Madras plague regulations and rules - Volume 1
Disease focus: Plague
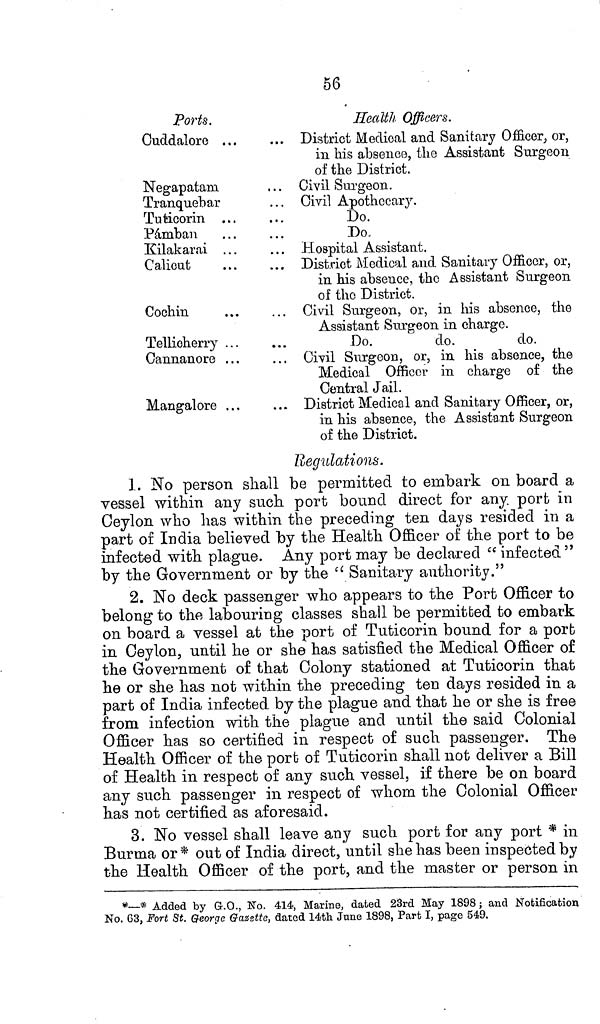
56
Ports.
Cuddalore . . .
Negapatam
Tranquebar
Tuticorin . . .
Pámban
Kilakarai . . .
Calicut
Cochin
Tellioherry ...
Cannanore . . .
Mangalore ...
Health Officers.
... District Medical and Sanitary Officer, or,
in his absence, the Assistant Surgeon
of the District.
Civil Surgeon.
... Civil Apothecary.
Do.
Do,
Hospital Assistant.
. . . District Medical and Sanitary Officer, or,
in his absence, the Assistant Surgeon
of the District.
... Civil Surgeon, or, in his absence, the
Assistant Surgeon in charge.
Do.
do.
do.
Civil Surgeon, or, in his absence, the
Medical Officer in charge of the
Central Jail.
... District Medical and Sanitary Officer, or,
in his absence, the Assistant Surgeon
of the District.
Regulations.
1. No person shall be permitted to embark on board a
vessel within any such port bound direct for any. port in
Ceylon who has within the preceding ten days resided in a
part of India believed by the Health Officer of the port to be
infected with plague. Any port may be declared " infected"
by the Government or by the " Sanitary authority."
2. No deck passenger who appears to the Port Officer to
belong to the labouring classes shall be permitted to embark
on board a vessel at the port of Tuticorin bound for a port
in Ceylon, until he or she has satisfied the Medical Officer of
the Government of that Colony stationed at Tuticorin that
he or she has not within the preceding ten days resided in a
part of India infected by the plague and that he or she is free
from infection with the plague and until the said Colonial
Officer has so certified in respect of such passenger. The
Health Officer of the port of Tuticorin shall not deliver a Bill
of Health in respect of any such vessel, if there be on board
any such passenger in respect of whom the Colonial Officer
has not certified as aforesaid.
3. No vessel shall leave any such port for any port * in
Burma or * out of India direct, until she has been inspected by
the Health Officer of the port, and the master or person in
*—* Added by G.O., No. 414, Marino, dated 23rd May 1898; and Notification
No, 63, Fort St. George Gazette, dated 14th June 1898, Part I, page 549.